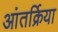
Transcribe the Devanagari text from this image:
आंतर्क्रिया